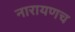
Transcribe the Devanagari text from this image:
नारायणच